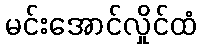
မင်းအောင်လှိုင်ထံ